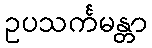
ဥပသင်္ကမန္တာ